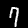
Label: 7